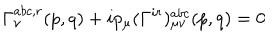
\Gamma _ { \nu } ^ { a b c , r } ( p , q ) + i p _ { \mu } ( \Gamma ^ { i r } ) _ { \mu \nu } ^ { a b c } ( p , q ) = 0